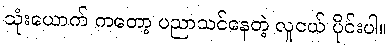
သုံးယောက် ကတော့ ပညာသင်နေတဲ့ လူငယ် ပိုင်းပါ။